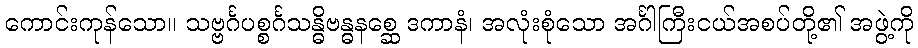
ကောင်းကုန်သော။ သဗ္ဗင်္ဂပစ္စင်္ဂသန္ဓိဗန္ဓနစ္ဆေ ဒကာနံ၊ အလုံးစုံသော အင်္ဂါကြီးငယ်အစပ်တို့၏ အဖွဲ့ကို